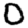
Digit: 0